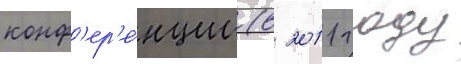
конф'ер'е́нции (в 2011 году